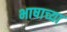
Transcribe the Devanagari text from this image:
भाषाच्या